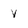
Character: V